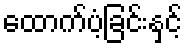
ထောက်ပံ့ခြင်းနှင့်